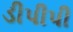
ડીપીપી